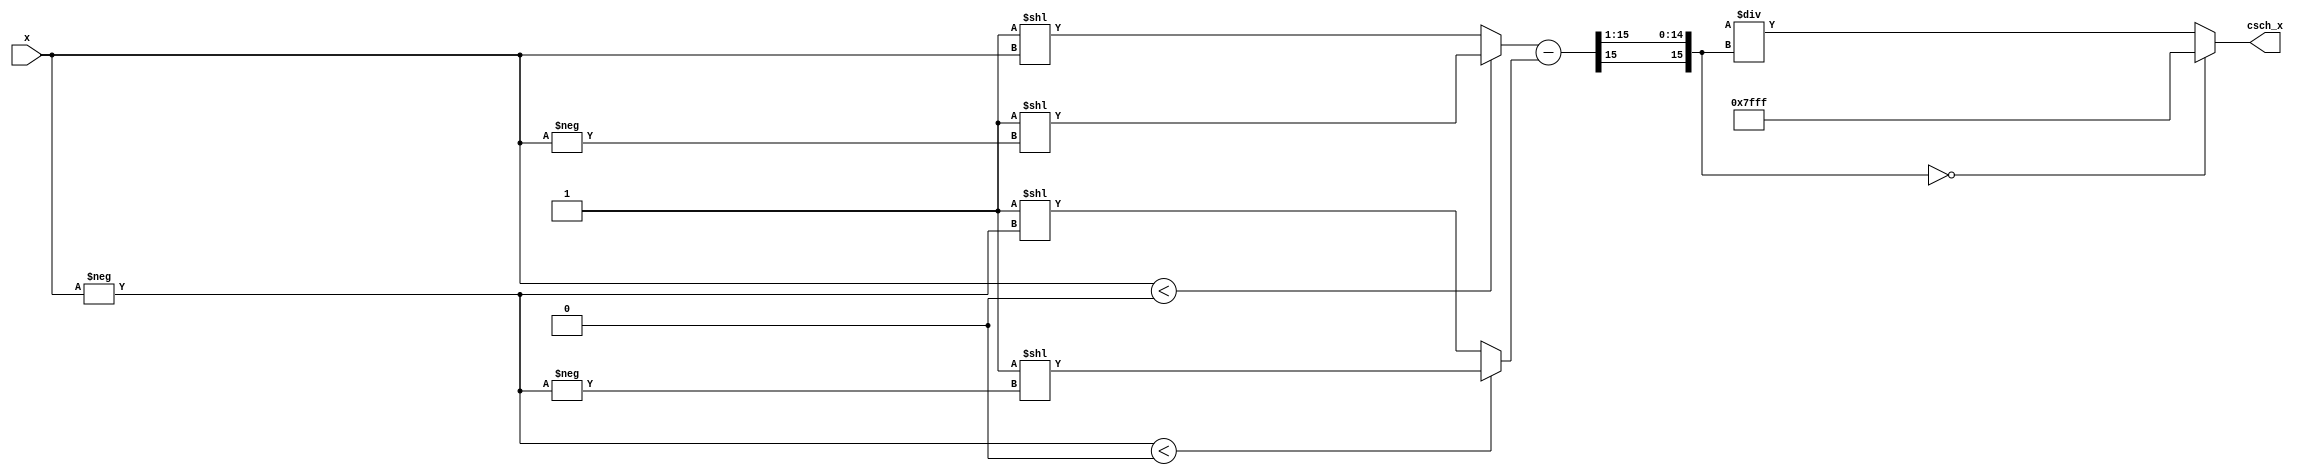
module hyperbolic_cosecant (
    input wire signed [15:0] x,       // Input signal (fixed-point)
    output reg signed [15:0] csch_x    // Output signal (csch value)
);
    // Constants
    parameter signed [15:0] INF = 16'h7FFF; // Define infinity or a large constant
    parameter signed [15:0] ZERO = 16'h0000; // Define zero

    // Internal signals for sinh computation
    wire signed [15:0] sinh_x;
    reg signed [15:0] exp_x;
    reg signed [15:0] exp_neg_x;

    // Exponential approximation
    function signed [15:0] exp_approx(input signed [15:0] val);
        begin
            // This is a placeholder for a more accurate exponential function
            // Here we use a simple approximation for demonstration
            if (val < 0) begin
                exp_approx = (16'h0001 << -val); // Shift for negative values
            end else begin
                exp_approx = (16'h0001 << val); // Shift for positive values
            end
        end
    endfunction

    // Calculate sinh(x)
    always @(*) begin
        exp_x = exp_approx(x);
        exp_neg_x = exp_approx(-x);
        sinh_x = (exp_x - exp_neg_x) >>> 1; // sinh(x) = (e^x - e^(-x)) / 2
    end

    // Calculate csch(x)
    always @(*) begin
        if (sinh_x == ZERO) begin
            csch_x = INF; // Handle special case for sinh(0)
        end else begin
            csch_x = (16'h0001 << 16) / sinh_x; // csch(x) = 1 / sinh(x)
        end
    end
endmodule